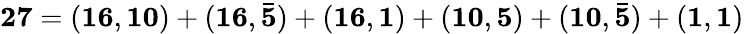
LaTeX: \mathbf{27}=(\mathbf{16},\mathbf{10})+(\mathbf{16},\mathbf{\bar{5}})+(\mathbf{16},\mathbf{1})+(\mathbf{10},\mathbf{5})+(\mathbf{10},\mathbf{\bar{5}})+(\mathbf{1},\mathbf{1})